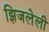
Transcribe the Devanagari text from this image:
झिजलेली